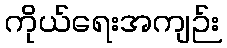
ကိုယ်ရေးအကျဉ်း